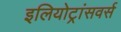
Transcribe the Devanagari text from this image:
इलियोट्रांसवर्स